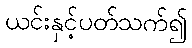
ယင်းနှင့်ပတ်သက်၍